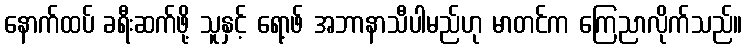
နောက်ထပ် ခရီးဆက်ဖို့ သူနှင့် ရော့ဖ် အဘာနာသီပါမည်ဟု မာတင်က ကြေညာလိုက်သည်။